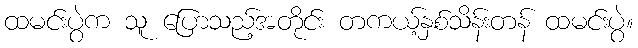
ထမင်းပွဲက သူ ပြောသည့်အတိုင်း တကယ့်နှစ်သိန်းတန် ထမင်းပွဲ။